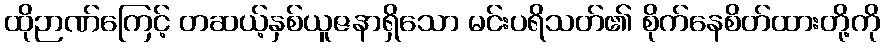
ထိုဉာဏ်ကြေင့် တဆယ့်နှစ်ယူဇနာရှိသော မင်းပရိသတ်၏ စိုက်နေစိတ်ထားတို့ကို